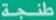
Transcribe